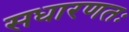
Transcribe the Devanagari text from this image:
सधारणतः